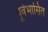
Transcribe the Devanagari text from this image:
पूर्वभासित